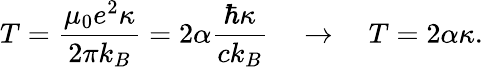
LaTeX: T=\frac{\mu_{0}e^{2}\kappa}{2\pi k_{B}}=2\alpha\frac{\hbar\kappa}{ck_{B}}\quad\to\quad T=2\alpha\kappa.